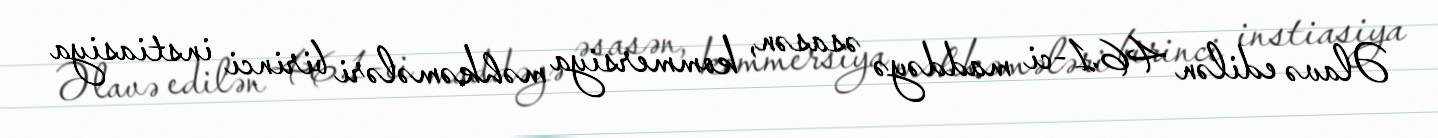
Əlavə edilən 46.1-ci maddəyə əsasən, kommersiya məhkəmələri birinci instiasiya